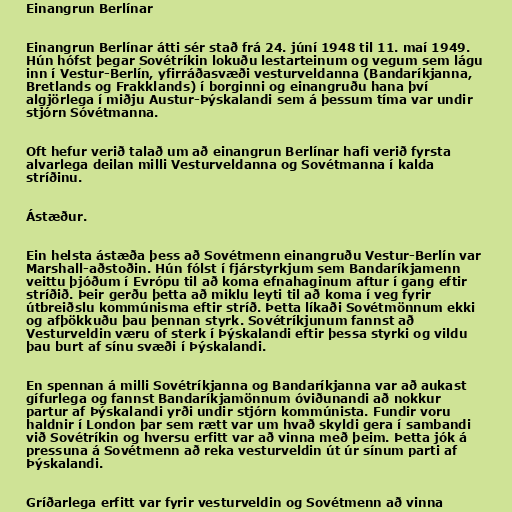
Einangrun Berlínar

Einangrun Berlínar átti sér stað frá 24. júní 1948 til 11. maí 1949.
Hún hófst þegar Sovétríkin lokuðu lestarteinum og vegum sem lágu
inn í Vestur-Berlín, yfirráðasvæði vesturveldanna (Bandaríkjanna,
Bretlands og Frakklands) í borginni og einangruðu hana því
algjörlega í miðju Austur-Þýskalandi sem á þessum tíma var undir
stjórn Sóvétmanna.

Oft hefur verið talað um að einangrun Berlínar hafi verið fyrsta
alvarlega deilan milli Vesturveldanna og Sovétmanna í kalda
stríðinu.

Ástæður.

Ein helsta ástæða þess að Sovétmenn einangruðu Vestur-Berlín var
Marshall-aðstoðin. Hún fólst í fjárstyrkjum sem Bandaríkjamenn
veittu þjóðum í Evrópu til að koma efnahaginum aftur í gang eftir
stríðið. Þeir gerðu þetta að miklu leyti til að koma í veg fyrir
útbreiðslu kommúnisma eftir stríð. Þetta líkaði Sovétmönnum ekki
og afþökkuðu þau þennan styrk. Sovétríkjunum fannst að
Vesturveldin væru of sterk í Þýskalandi eftir þessa styrki og vildu
þau burt af sínu svæði í Þýskalandi.

En spennan á milli Sovétríkjanna og Bandaríkjanna var að aukast
gífurlega og fannst Bandaríkjamönnum óviðunandi að nokkur
partur af Þýskalandi yrði undir stjórn kommúnista. Fundir voru
haldnir í London þar sem rætt var um hvað skyldi gera í sambandi
við Sovétríkin og hversu erfitt var að vinna með þeim. Þetta jók á
pressuna á Sovétmenn að reka vesturveldin út úr sínum parti af
Þýskalandi.

Gríðarlega erfitt var fyrir vesturveldin og Sovétmenn að vinna